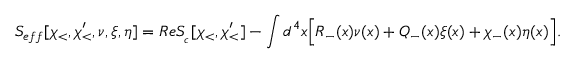
S _ { e f f } [ \chi _ { < } , \chi _ { < } ^ { \prime } , \nu , \xi , \eta ] = R e S _ { \L _ { c } } [ \chi _ { < } , \chi _ { < } ^ { \prime } ] - \int d ^ { 4 } x \Big [ R _ { - } ( x ) \nu ( x ) + Q _ { - } ( x ) \xi ( x ) + \chi _ { - } ( x ) \eta ( x ) \Big ] .